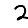
Digit: 2